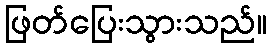
ဖြတ်ပြေးသွားသည်။